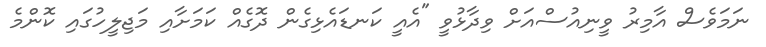
ނަމަވެސް އާމިރު ވީނިއުސްއަށް ވިދާޅުވީ "އެއީ ކަނޑައެޅިގެން ދޮގެއް ކަމަށާއި މަޖިލީހުގައި ކޮންމެ